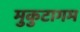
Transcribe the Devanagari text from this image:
मुकुटागम